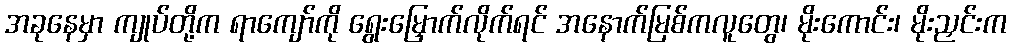
အခုနေမှာ ကျုပ်တို့က ရာကျော်ကို ရွေးမြှောက်လိုက်ရင် အနောက်မြစ်ကလူတွေ၊ မိုးကောင်း၊ မိုးညှင်းက